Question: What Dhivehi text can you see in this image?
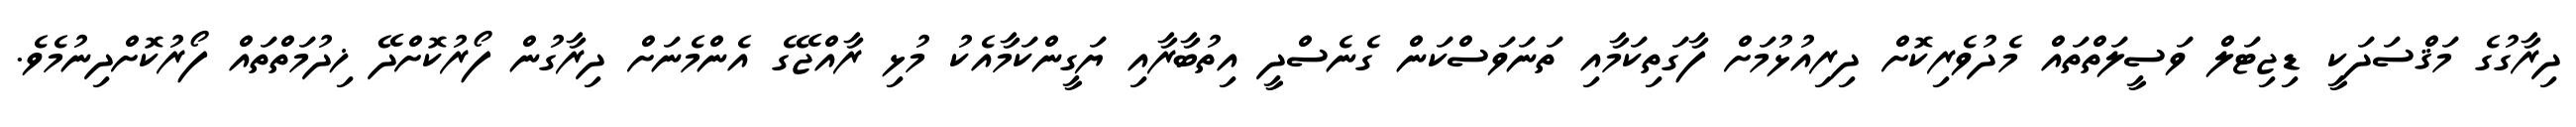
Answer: ދިރާގުގެ މަޤްސަދަކީ ޑިޖިޓަލް ވަސީލަތްތައް މެދުވެރިކޮށް ދިރިއުޅުމަށް ފާގަތިކަމާއި ތަނަވަސްކަން ގެނެސްދީ އިތުބާރާއި ޔަގީންކަމާއެކު މުޅި ރާއްޖޭގެ އެންމެނަށް ދިރާގުން ފޯރުކޮށްދޭ ޚިދުމަތްތައް ފޯރުކޮށްދިނުމެވެ.